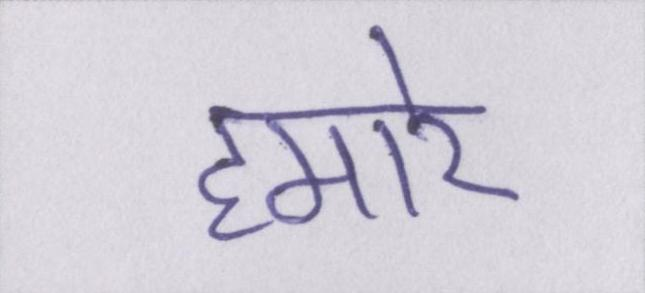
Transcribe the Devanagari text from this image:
हमारे